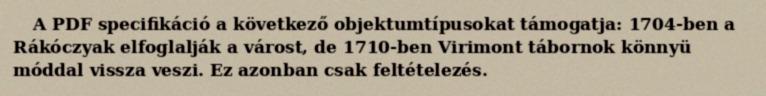
A PDF specifikáció a következő objektumtípusokat támogatja: 1704-ben a Rákóczyak elfoglalják a várost, de 1710-ben Virimont tábornok könnyü móddal vissza veszi. Ez azonban csak feltételezés.